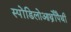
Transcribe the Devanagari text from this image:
स्पोंडिलोआर्थ्रोपैथी